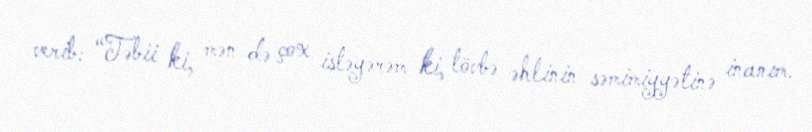
verib: “Təbii ki, mən də çox istəyərəm ki, tövbə əhlinin səmimiyyətinə inanım.